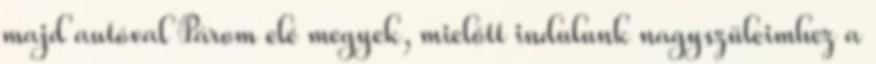
majd autóval Párom elé megyek, mielőtt indulunk nagyszüleimhez a